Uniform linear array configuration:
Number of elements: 32
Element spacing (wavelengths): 0.75
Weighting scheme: uniform
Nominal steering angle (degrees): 15
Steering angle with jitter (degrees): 14.125
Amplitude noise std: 0.05
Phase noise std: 0.05

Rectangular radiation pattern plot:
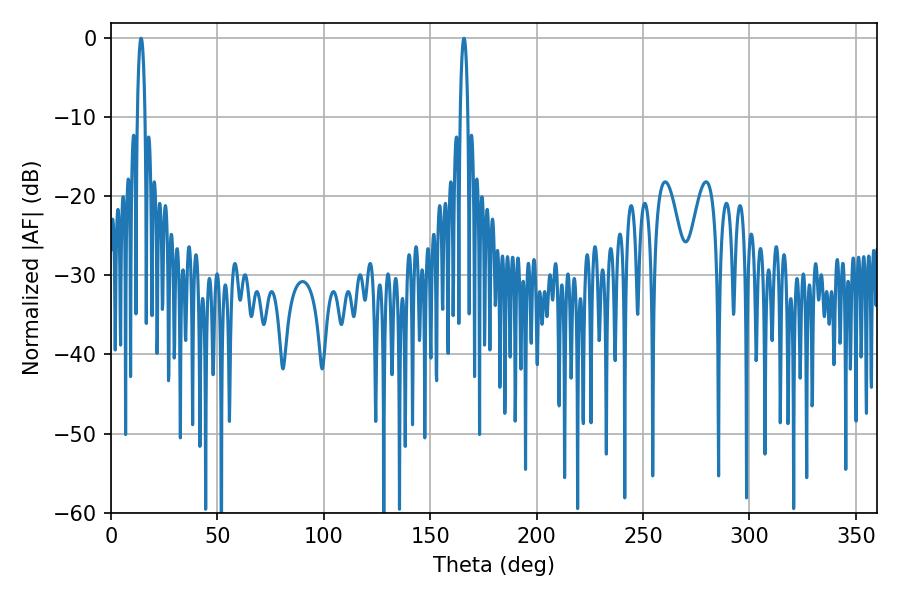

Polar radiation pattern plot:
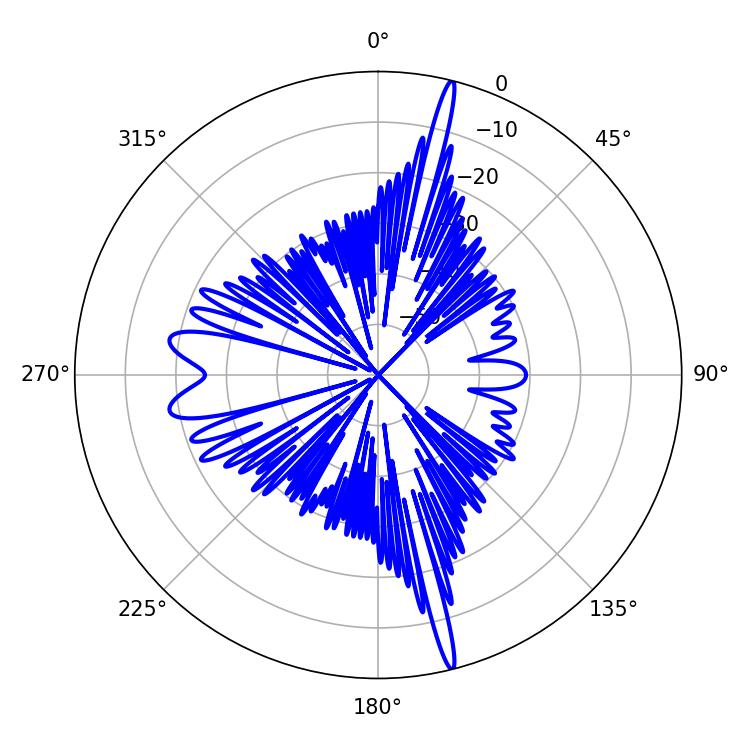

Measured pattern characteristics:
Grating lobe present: TRUE
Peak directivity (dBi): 21.241
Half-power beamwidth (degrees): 1.98
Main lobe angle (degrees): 165.78